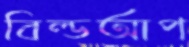
বিল্ডআপ